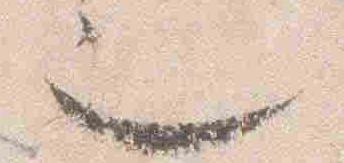
也